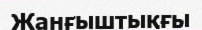
Жанғыштықғы